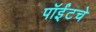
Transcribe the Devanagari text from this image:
पॉईंटचे